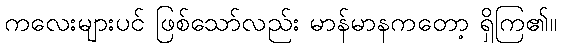
ကလေးများပင် ဖြစ်သော်လည်း မာန်မာနကတော့ ရှိကြ၏။